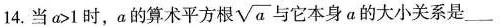
14.当$$a > 1$$时，a的算术平方根\sqrt{a}与它本身a的大小关系是___